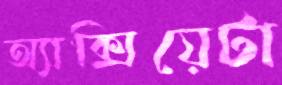
অ্যাক্সিয়েটা